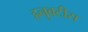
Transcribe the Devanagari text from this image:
हनुवटीस